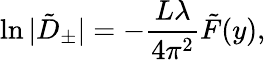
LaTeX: \ln\vert\tilde{D}_{\pm}\vert=-\frac{L\lambda}{4\pi^{2}}\tilde{F}(y),